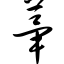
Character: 荜